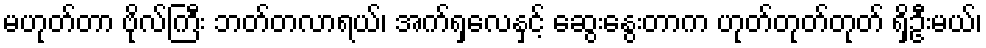
မဟုတ်တာ ဗိုလ်ကြီး ဘတ်တလာရယ်၊ အက်ရှလေနှင့် ဆွေးနွေးတာက ဟုတ်တုတ်တုတ် ရှိဦးမယ်၊